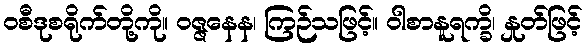
ဝစီဒုစရိုက်တို့ကို။ ဝဇ္ဇနေန၊ ကြဉ်သဖြင့်။ ဝါစာနူရက္ခိ၊ နှုတ်ဖြင့်